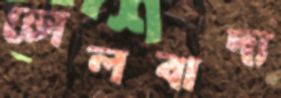
ঢোলবাদ্য